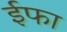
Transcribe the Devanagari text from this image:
ईफा